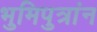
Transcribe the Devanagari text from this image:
भुमिपुत्रांन